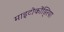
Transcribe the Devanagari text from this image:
माइटोकोंड्रिया